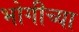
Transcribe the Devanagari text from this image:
भोगीच्या